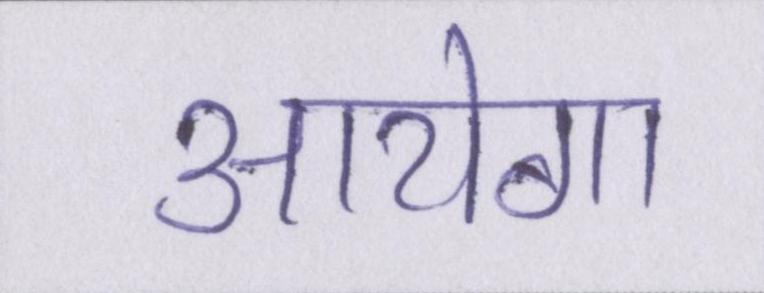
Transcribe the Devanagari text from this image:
आयेगा